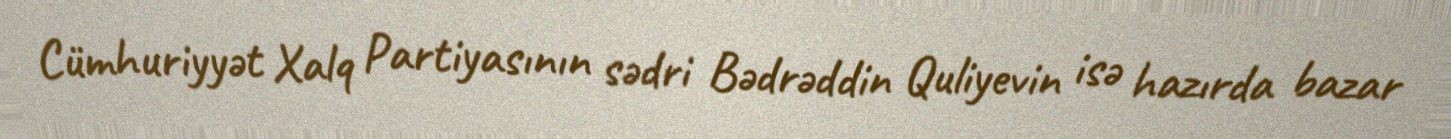
Cümhuriyyət Xalq Partiyasının sədri Bədrəddin Quliyevin isə hazırda bazar